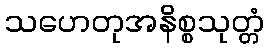
သဟေတုအနိစ္စသုတ္တံ